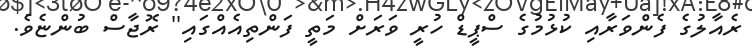
ރެއާލުގެ ފެންވަރާއި ކުޅުމުގެ ސްޕީޑް ހުރީ ވަރަށް މަތީ ފަންތިއެއްގައި'' ރޮޖާސް ބުންޏެވެ.